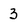
Character: 3